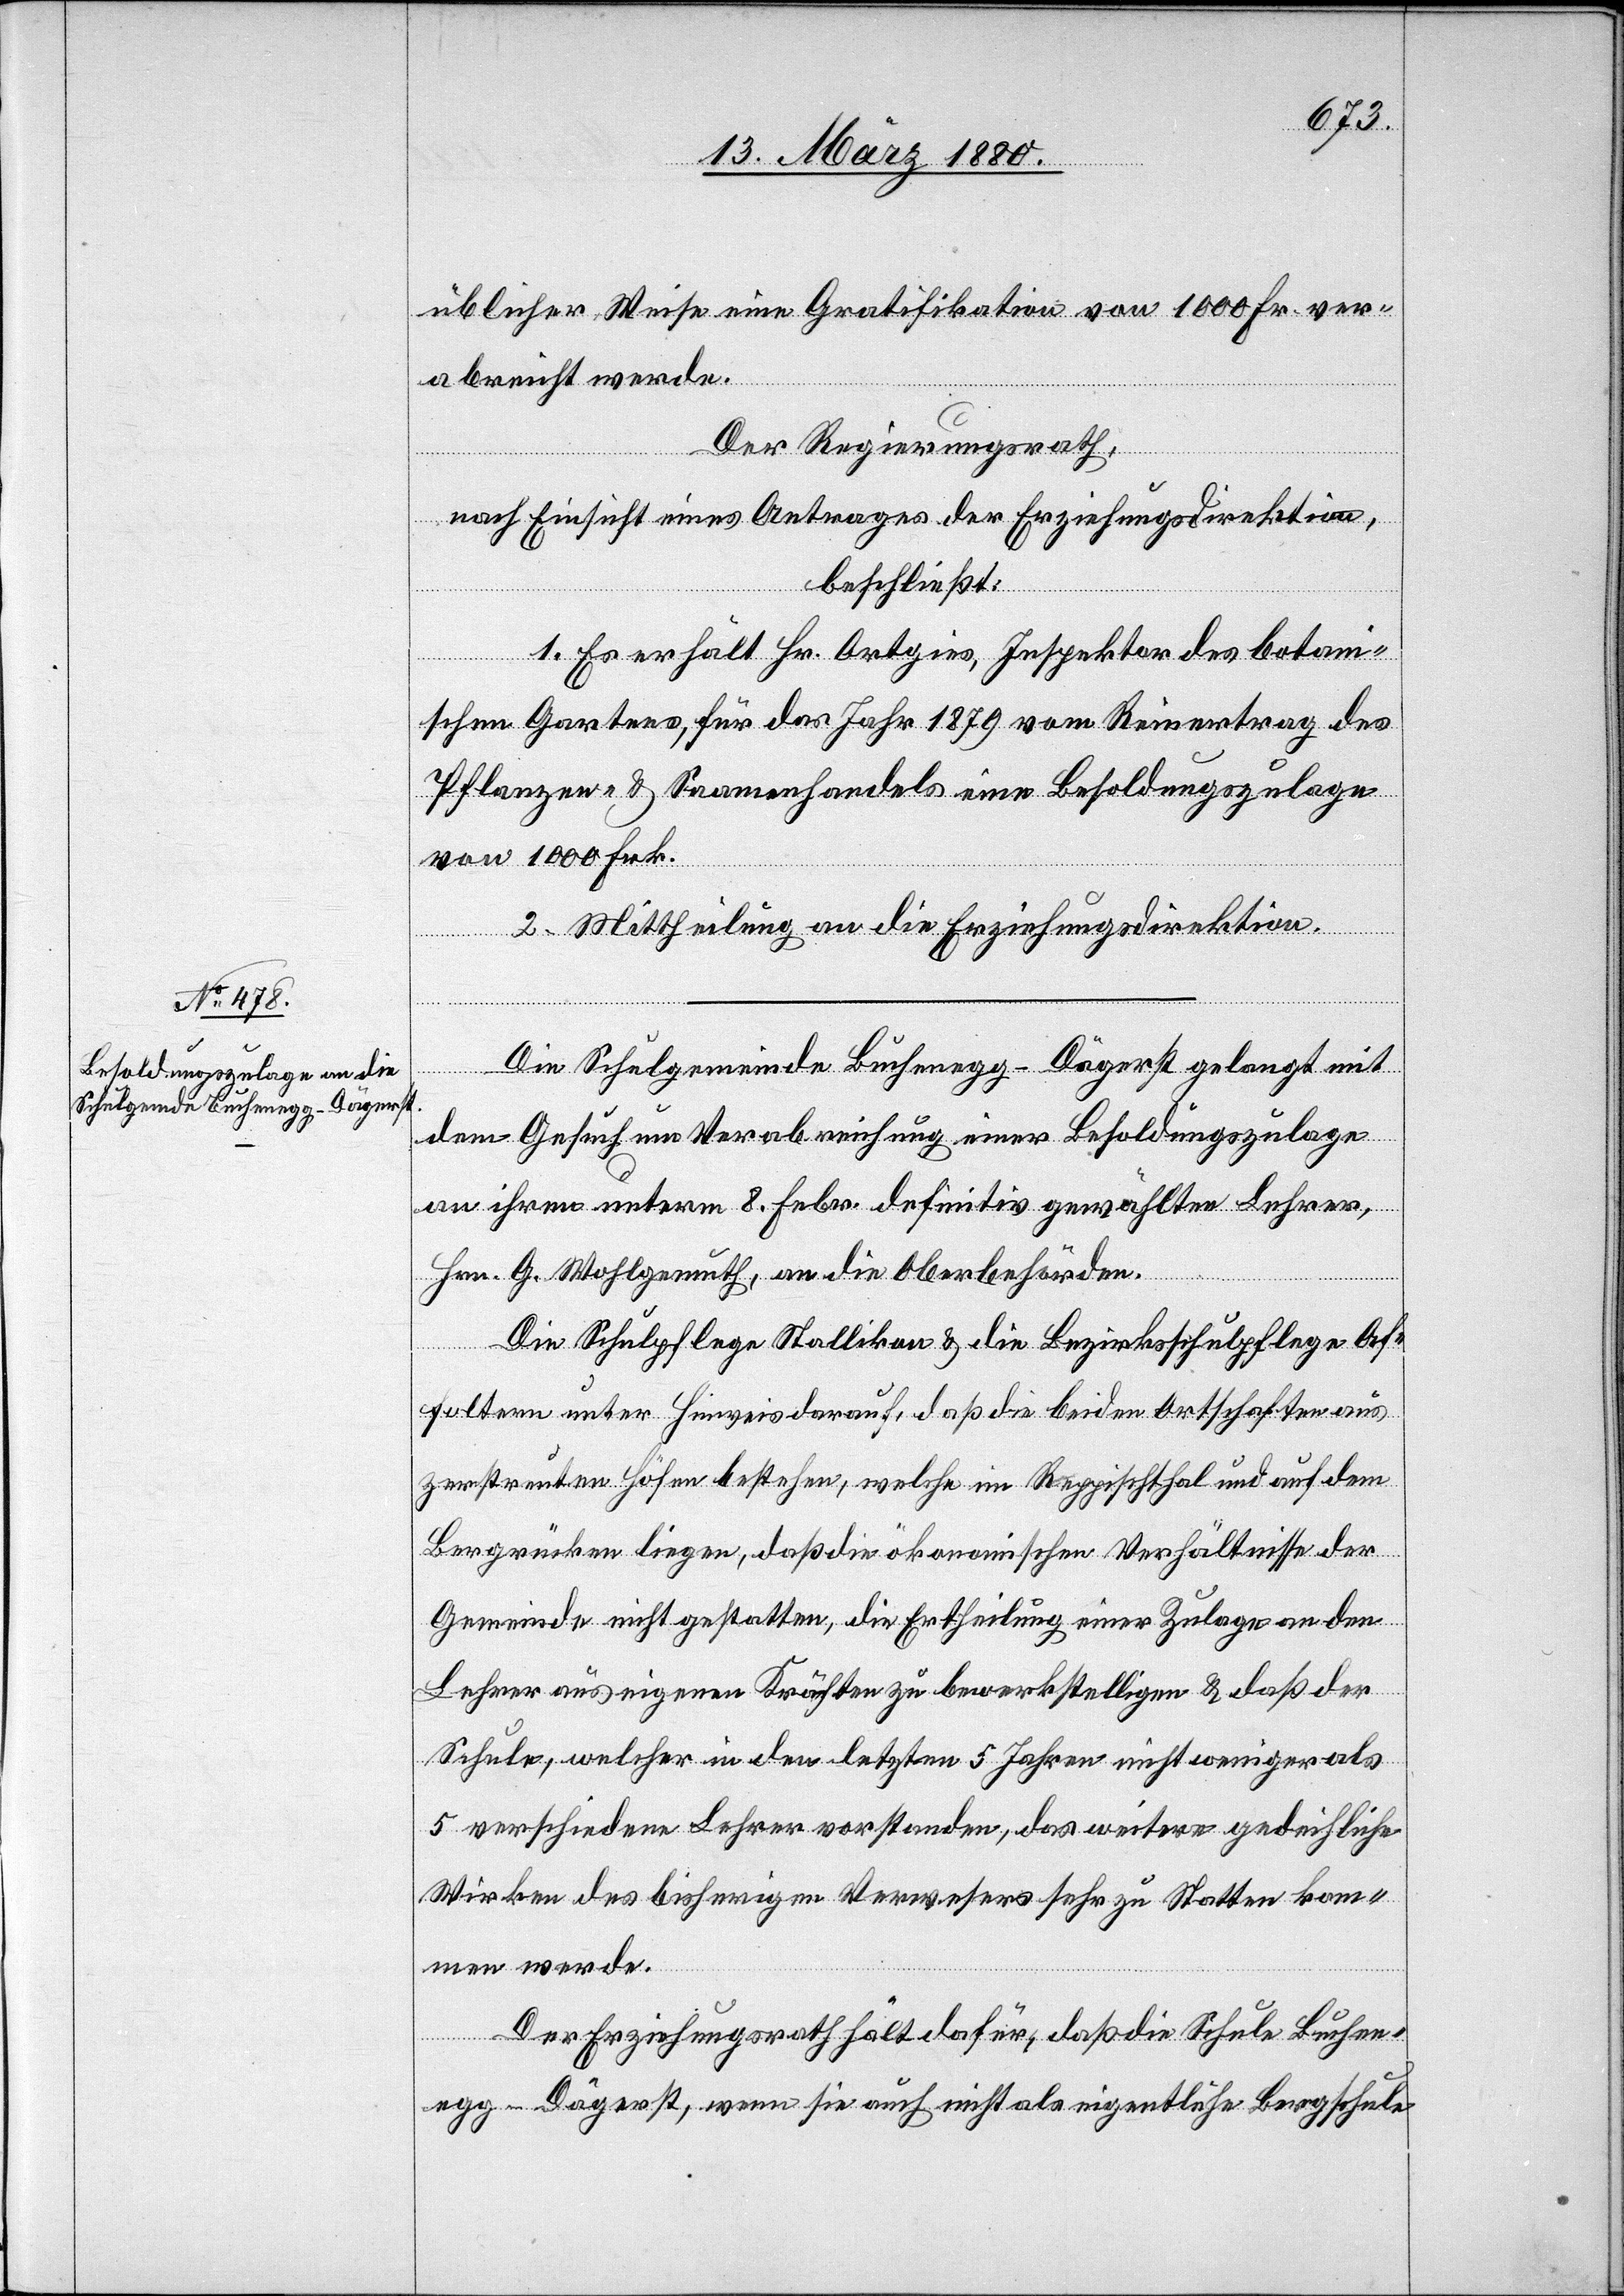
üblicher Weise eine Gratifikation von 1000 Fr. ver¬
abreicht werde.
Der Regierungsrath,
nach Einsicht eines Antrages der Erziehungsdirektion,
beschließt:
1. Es erhält Hr. Ortgies, Inspektor des botani¬
schen Gartens, für das Jahr 1879 vom Reinertrag des
Pflanzen- & Saamenhandels eine Besoldungszulage
von 1000 Frk.
2. Mittheilung an die Erziehungsdirektion.
Die Schulgemeinde Buchenegg-Dägerst gelangt mit
dem Gesuch um Verabreichung einer Besoldungszulage
an ihren unterm 8. Febr. definitiv gewählten Lehrer,
Hrn. G. Wohlgemuth, an die Oberbehörden.
Die Schulpflege Stallikon & die Bezirksschulpflege Af¬
foltern unter Hinweis darauf, daß die beiden Ortschaften aus
zerstreuten Höfen bestehen, welche im Reppischthal und auf dem
Bergrücken liegen, daß die ökonomischen Verhältnisse der
Gemeinde nicht gestatten, die Ertheilung einer Zulage an den
Lehrer aus eigenen Kräften zu bewerkstelligen & daß der
Schule, welcher in den letzten 5 Jahren nicht weniger als
5 verschiedene Lehrer vorstanden, das weitere gedeihliche
Wirken des bisherigen Verwesers sehr zu Statten kom¬
men werde.
Der Erziehungsrath hält dafür, daß die Schule Buchen¬
egg-Dägerst, wenn sie auch nicht als eigentliche Bergschule